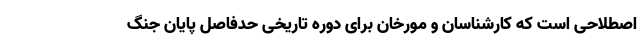
اصطلاحی است که کارشناسان و مورخان برای دوره تاریخی حدفاصل پایان جنگ